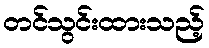
တင်သွင်းထားသည့်